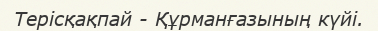
Терісқақпай - Құрманғазының күйі.